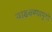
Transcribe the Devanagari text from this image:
वाढवण्यापुरते